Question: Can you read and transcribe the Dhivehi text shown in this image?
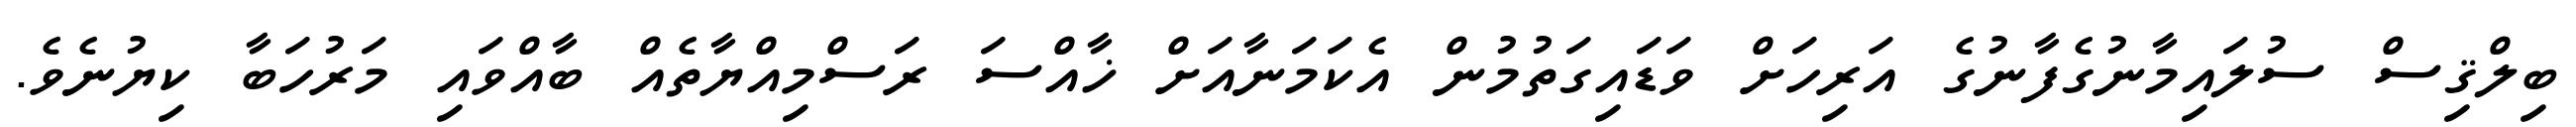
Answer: ބިލްޤިސް ސުލައިމާނުގެފާނުގެ އަރިހަށް ވަޑައިގަތުމުން އެކަމަނާއަށް ޚާއްސަ ރަސްމިއްޔާތެއް ބާއްވައި މަރުހަބާ ކިޔުނެވެ.